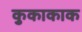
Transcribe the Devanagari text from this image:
कुकाकाक